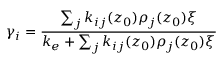
\gamma _ { i } = \frac { \sum _ { j } k _ { i j } ( z _ { 0 } ) \rho _ { j } ( z _ { 0 } ) \xi } { k _ { e } + \sum _ { j } k _ { i j } ( z _ { 0 } ) \rho _ { j } ( z _ { 0 } ) \xi }